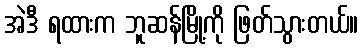
အဲဒီ ရထားက ဘူဆန်မြို့ကို ဖြတ်သွားတယ်။